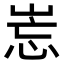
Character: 𡷢